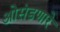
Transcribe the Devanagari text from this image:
ओसंडणारे